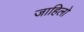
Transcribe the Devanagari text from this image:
जाहिलो